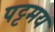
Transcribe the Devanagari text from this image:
पट्टमय